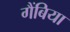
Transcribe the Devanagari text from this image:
गैंबिया